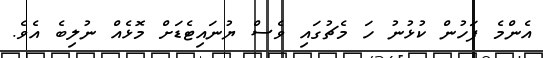
އެންމެ ފަހުން ކުޅުނު ހަ މެޗުގައި ވެސް ޔުނައިޓެޑަށް މޮޅެއް ނުލިބެ އެވެ.